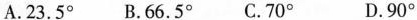
A.23.5^{\circ}B.66.5^{\circ}C.70^{\circ}D.90^{\circ}